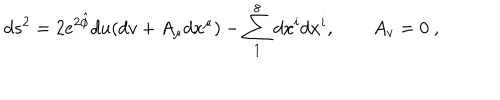
d s ^ { 2 } = 2 e ^ { 2 \hat { \phi } } d u ( d v + A _ { \mu } d x ^ { \mu } ) - \sum _ { 1 } ^ { 8 } d x ^ { i } d x ^ { i } , \qquad A _ { v } = 0 \ ,